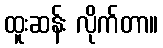
ထူးဆန်း လိုက်တာ။